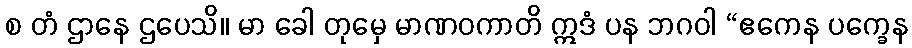
စ တံ ဌာနေ ဌပေသိ။ မာ ခေါ တုမှေ မာဏဝကာတိ ဣဒံ ပန ဘဂဝါ “ဧကေန ပက္ခေန